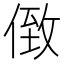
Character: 𠊷